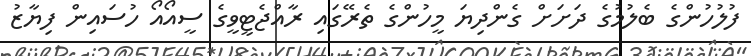
ފުލުހުންގެ ބެލުމުގެ ދަށަށް ގެންދިޔަ މީހުންގެ ތެރޭގައި ރާއްޖެޓީވީގެ ސީއޯއޯ ހުސައިން ފިޔާޒު